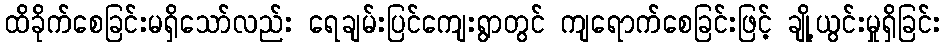
ထိခိုက်စေခြင်းမရှိသော်လည်း ရေချမ်းပြင်ကျေးရွာတွင် ကျရောက်စေခြင်းဖြင့် ချို့ယွင်းမှုရှိခြင်း